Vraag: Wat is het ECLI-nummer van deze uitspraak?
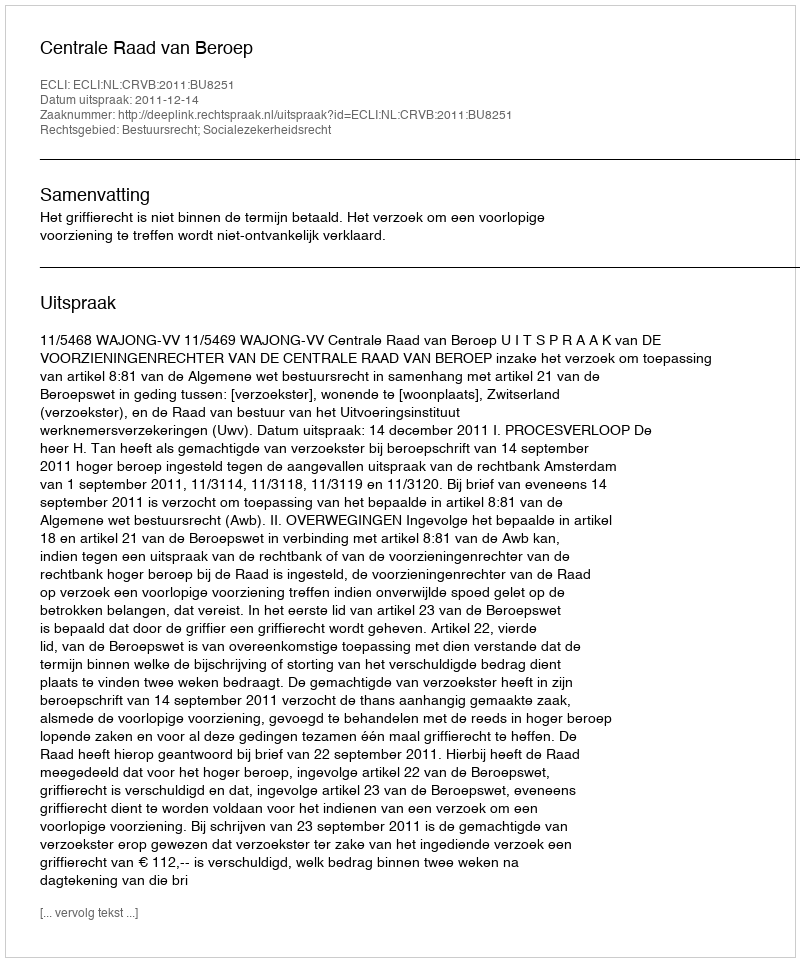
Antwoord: ECLI:NL:CRVB:2011:BU8251